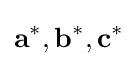
\mathbf {a} ^{*},\mathbf {b} ^{*},\mathbf {c} ^{*}